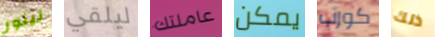
لينور ليلقي عاملتك يمكن كورب ذلك